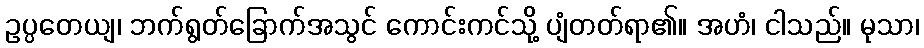
ဥပ္ပတေယျ၊ ဘက်ရွတ်ခြောက်အသွင် ကောင်းကင်သို့ ပျံတတ်ရာ၏။ အဟံ၊ ငါသည်။ မုသာ၊